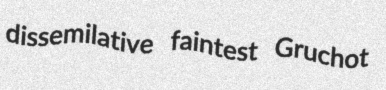
dissemilative faintest Gruchot